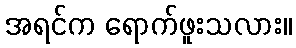
အရင်က ရောက်ဖူးသလား။